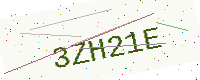
Text: 3ZH21E